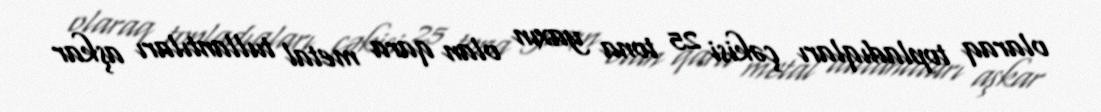
olaraq topladıqları çəkisi 25 tona yaxın olan qara metal tullantıları aşkar